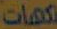
نكهات